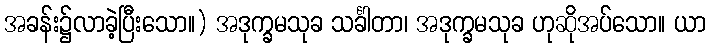
အခန်း၌လာခဲ့ပြီးသော။) အဒုက္ခမသုခ သင်္ခါတာ၊ အဒုက္ခမသုခ ဟုဆိုအပ်သော။ ယာ